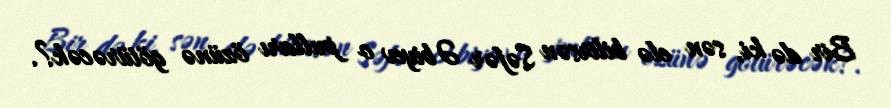
Bir də ki, sən elə bilirsən Səfər Əbiyev o pulları özünə götürəcək?.